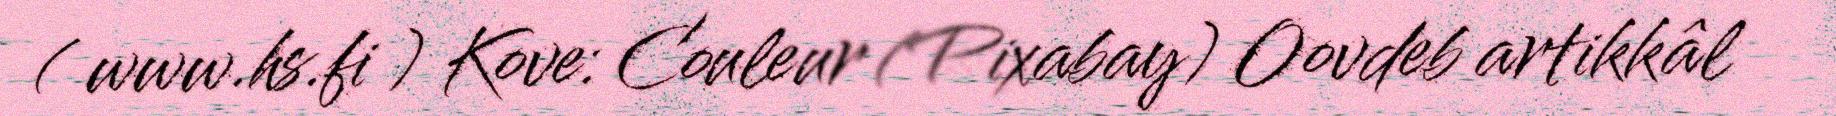
( www.hs.fi ) Kove: Couleur (Pixabay) Oovdeb artikkâl